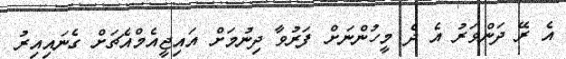
އެ ރޭ ދަންވަރު އެ ދެ މީހުންނަށް ފަރުވާ ދިނުމަށް އައިޖީއެމްއެޗަށް ގެނައިއިރު